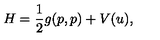
H = \frac { 1 } { 2 } g ( p , p ) + V ( u ) ,